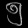
Digit: ၅